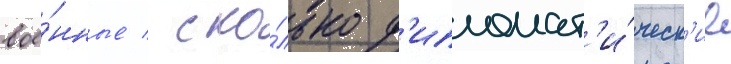
вое́нные / ско́лько д'ипломат'и́ческ'ие